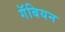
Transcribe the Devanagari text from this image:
गॅबियन